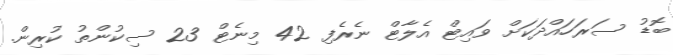
ބޮޑު ސަރަހައްދަކަށް ވައިޓް އެލާޓް ނެރެފި 42 މިނެޓް 23 ސިކުންތު ކުރިން.